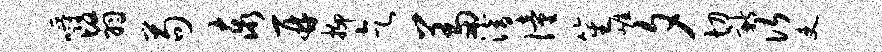
嚼翳苟泰再抑乞羞潜僮笙崖夕切新次吏